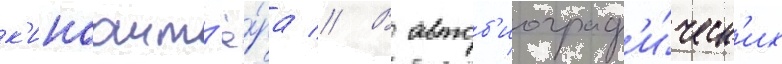
к'иноакт'ё́ра // В автоб'иограф'и́ческ'их